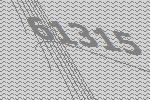
61315